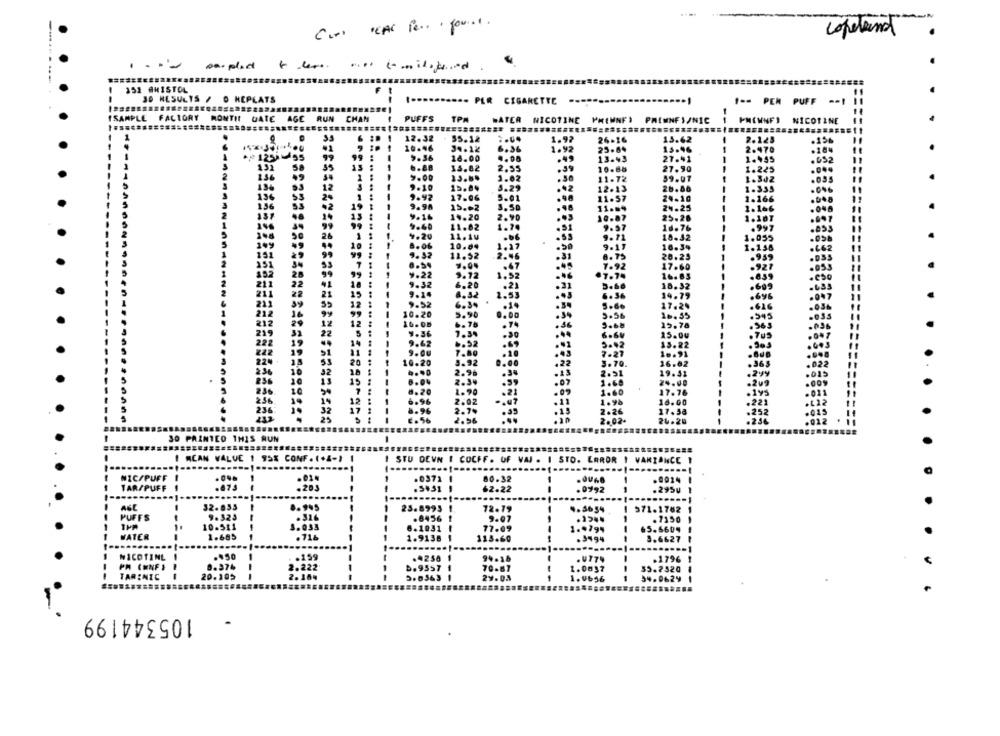
-
Con ICAL Per found.
copeland
152 #HISTOL
30 RESULTS / O HEPLATS
........... PER CIGARETTE
1 == PEN PUFF -- I
ISAMPLE FACTORY MONTH DATE AGE RUN CHAN
PUFFS TPA
WATER NICOTINE PREMNF) PAINNFS/NIC
PM[WNFI NICOTINE
6 :
12.32
35.12
1.92
26-16
13.62
2.125
.156
.1
10.46
34.12
6.36
1.92
25.84
15.46
2.470
.104
21254-55
99
9.56
18.00
4.08
.49
13.43
27.41
1.455
.052
44
6.88
13.82
2.55
.39
10.88
27.90
1.225
1
9.00
1.02
.30
11.72
59.01
1.342
.035
12
9.10
15.04
5.29
.42
12.13
26.86
1.335
136
SS
25
9.92
17.06
5.01
11.57
24.10
1.166
5
2
9.94
15.02
3. 50
24.25
11.69
1.166
5
2
14.20
2. 90
.. 3
10.87
25.28
1.107
1
9.40
11.02
1.74
9.57
1d.76
.997
.053
2
50
26
9.20
11. 10
.b6
9.71
18.32
1.055
8.06
10.04
1.27
9-11
16.34
1.158
11.52
2.46
.31
8.75
20.23
.959
8.54
.47
7.92
.927
17.60
9.22
3.72
1.52
.46
.7.74
16.85
.859
eso
9.3
6.20
.21
.21
18.32
.699
2.53
6.36
14.79
.696
9.1
9.52
6.34
.14
5.66
17.20
.626
10.26
5.90
0.68
5.56
10. 35
.545
6. 75
.74
.36
3.68
15.78
7.34
.30
...
6.64
15.
.705
9.62
6.52
15.22
9.00
3.92
10.20
2.91
19.53
1.60
7.76
1.96
16.
17.58
26.20
30 PAINTED 1HIS RUN
I MEAN VALUE 1 95X CONF. (+4-11
I STU DEWN I COCFF. OF VAJ . I STO. LAROR I VARIANCE
--- 1.
NIC/PUFF I
.01.
.0372 1
80.32
.0924
TAR/PUFF
.5431 1
62.22
.0992
.295u
...
ASL
32.833
9.323
25.8993
12. 19
4.5634
1 571.1782
PUFFS
9.07
---
10-511
77.09
WATER
1.685
136
05. 68
NICOTINE
.450
99.18
--
PM ( MNF )
1796
TARINIC
20:105
70.87
39.9520
0624
105344199